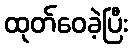
ထုတ်ဝေခဲ့ပြီး